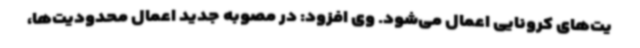
یت‌های کرونایی اعمال می‌شود. وی افزود: در مصوبه جدید اعمال محدودیت‌ها،